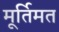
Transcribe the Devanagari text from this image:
मूर्तिमत